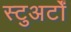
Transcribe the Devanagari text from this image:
स्टुअर्टों